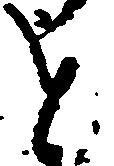
と